Civil Veterinary Department. United Provinces 1932-42 - 1932-1942
Year: 1932
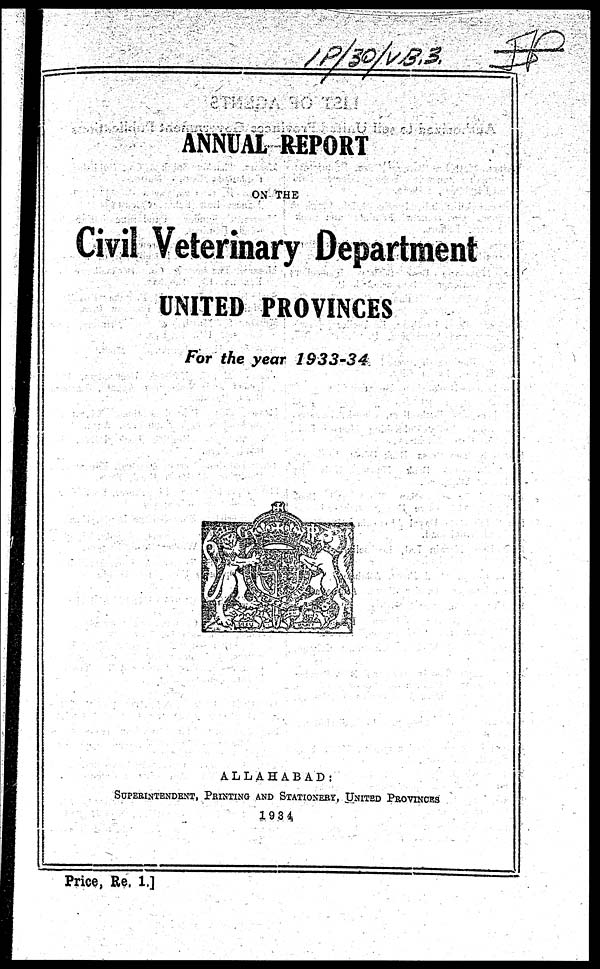
ANNUAL REPORT
ON THE
Civil Veterinary Department
UNITED PROVINCES
For the year 1933-34
ALLAHABAD:
SUPERINTENDENT, PRINTING AND STATIONARY , UNITED PROVINCES
1934
Price, Re. 1.]